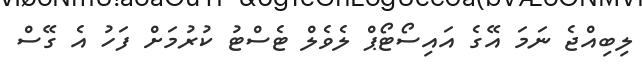
ލިބިއްޖެ ނަމަ އޭގެ އައިސޯޓޯޕް ލެވެލް ޓެސްޓު ކުރުމަށް ފަހު އެ ގޭސް